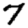
Digit: 7